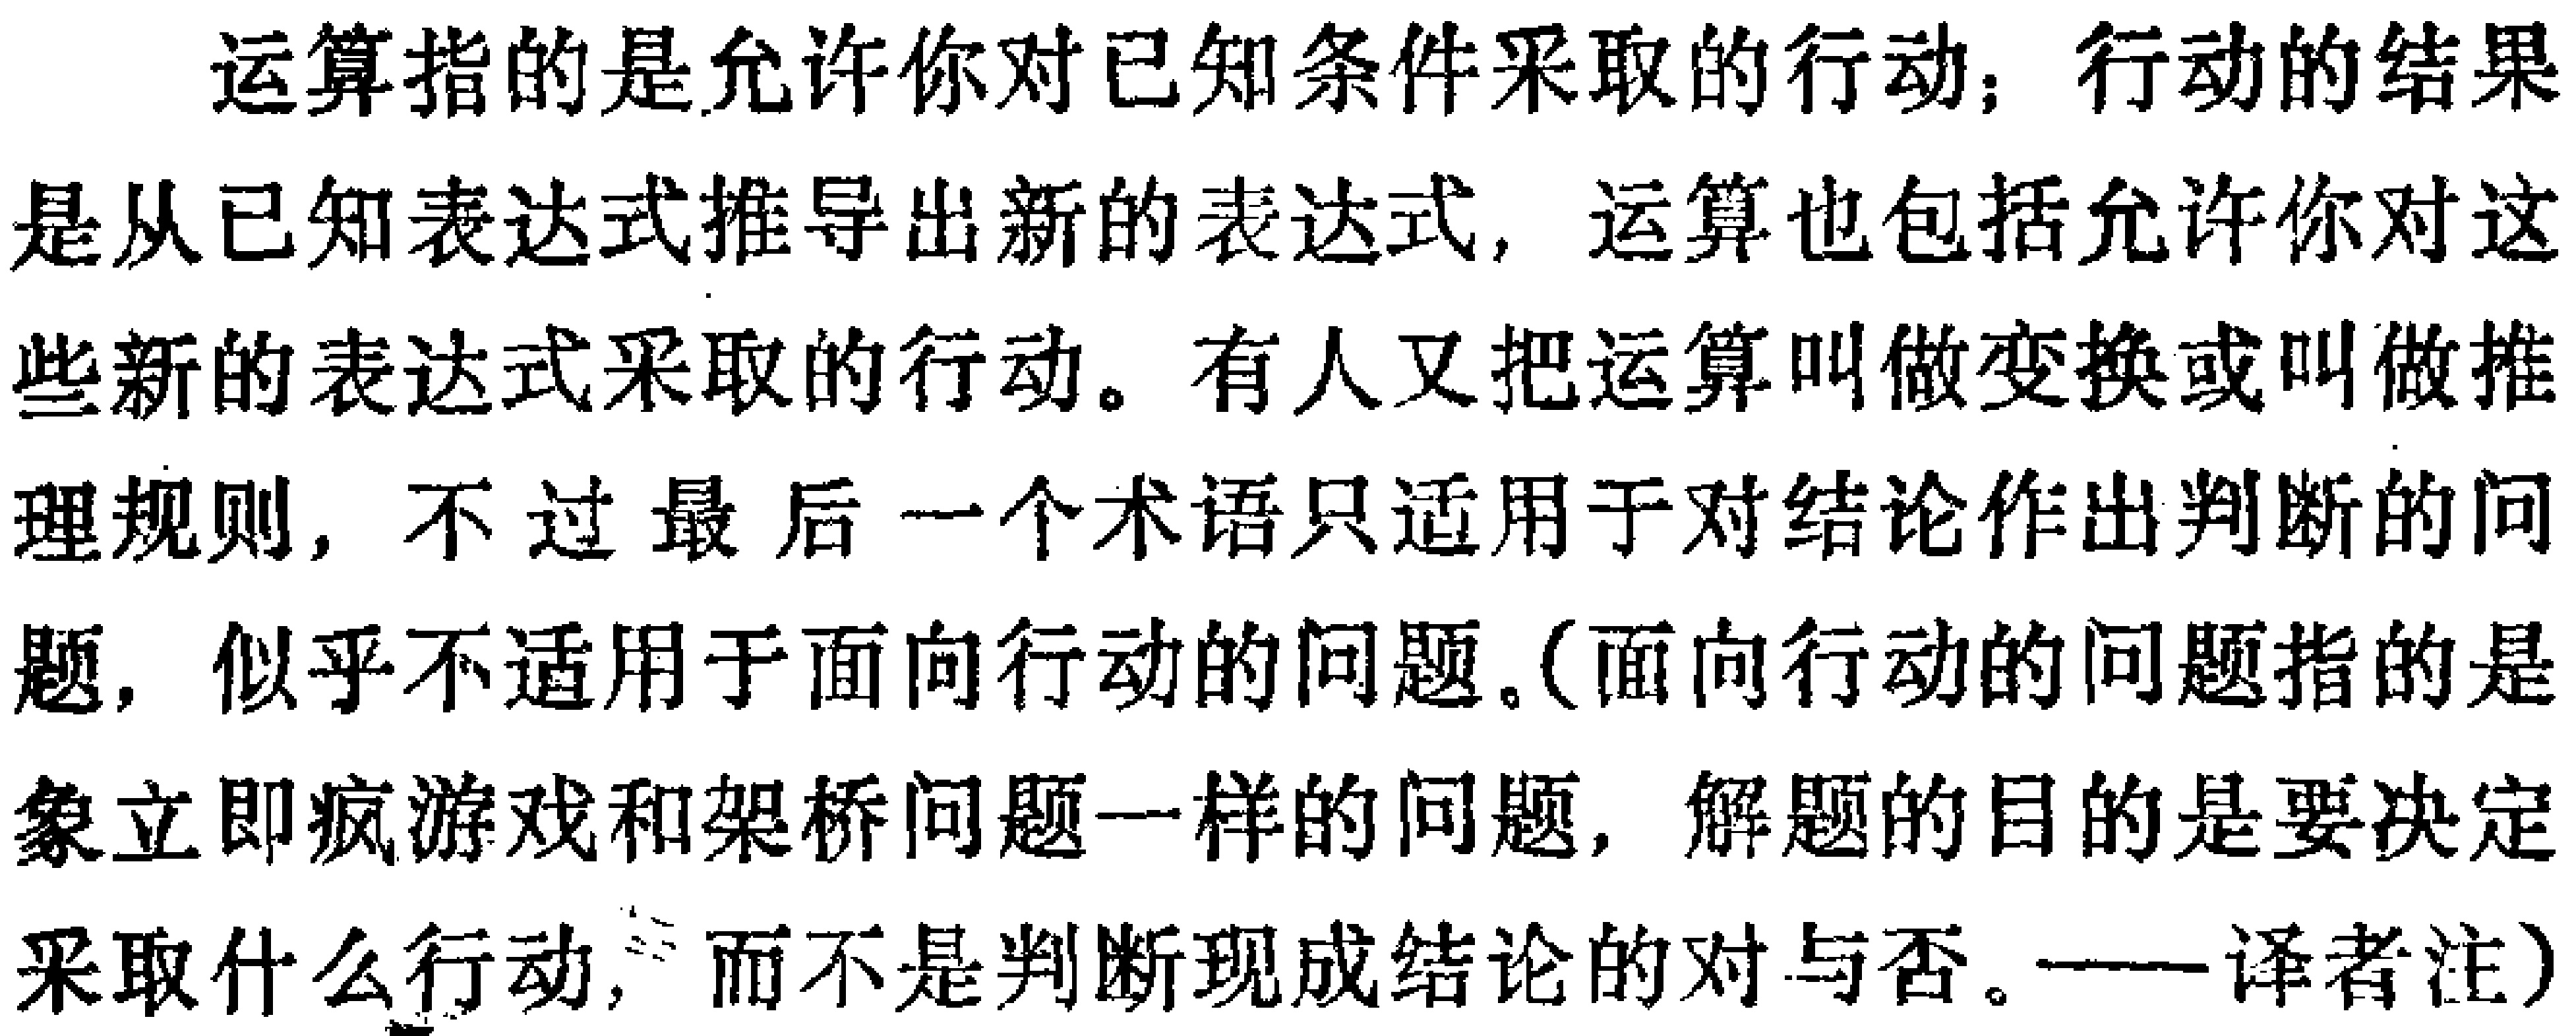
运算指的是允许你对已知条件采取的行动；行动的结果是从已知表达式推导出新的表达式，运算也包括允许你对这些新的表达式采取的行动。有人又把运算叫做变换或叫做推理规则，不过最后一个术语只适用于对结论作出判断的问题，似乎不适用于面向行动的问题。(面向行动的问题指的是象立即疯游戏和架桥问题一样的问题，解题的目的是要决定采取什么行动，而不是判断现成结论的对与否。——译者注)